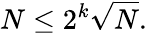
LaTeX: N\leq 2^{k}{\sqrt{N}}.